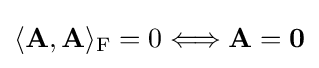
\langle \mathbf {A} ,\mathbf {A} \rangle _{\mathrm {F} }=0\Longleftrightarrow \mathbf {A} =\mathbf {0}